Burma Government Medical School reports 1907-22
Year: 1907
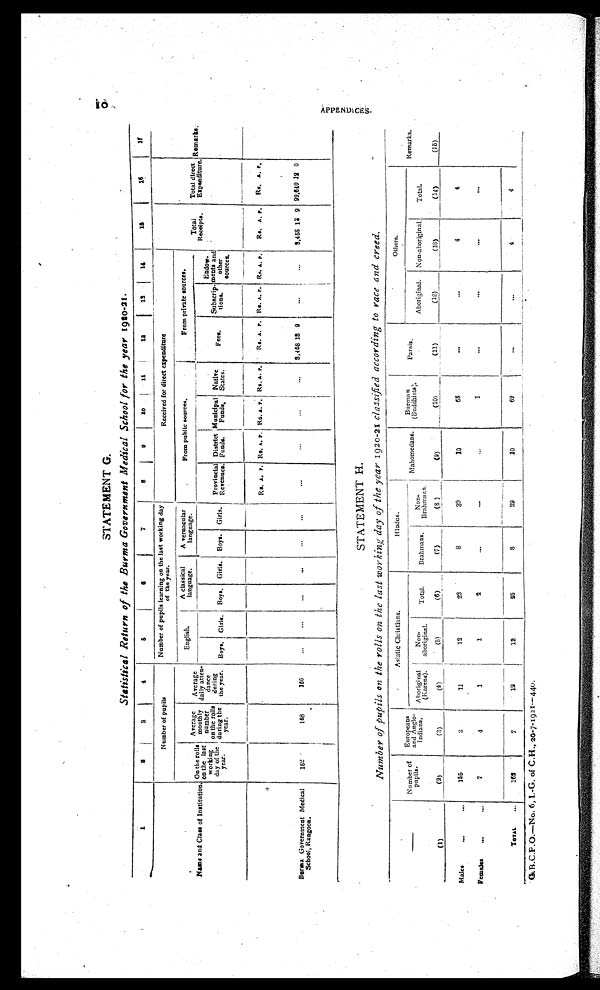
10 APPENDICES.
STATEMENT G.
Statistical Return of the Burma Government Medical School for the year 1920-21.
1
2
3
4
5
6
7
8
9
1 0
11
1 2
13
14
1 5
16
17
Name and Class of Institution.
Number of pupils
Number of pupils learning on the last working day
of the year.
Received for direct expenditure
Total
Receipts .
Total direct
Expenditure.
Remarks.
On the rolls
o n t h e l a s t w o r k i n g
day of the
y e a r .
Average
monthly
number
on the rolls
during the
year.
Average
daily atten-
dance
d u r i n g
the year.
English.
A classical
language.
A vernacular
language.
From public sources.
From private sources.
Boys. Girls.
Boys. Girls. Boys. Girls.
Provincial
Revenues.
District
Funds.
Municipal
Funds.
Native
States.
Fees.
Subscrip-
tions.
Endow-
ments and
other
Sources.
Rs. A. P. Rs. A. P. Rs. A. P. Rs. A. P.
Rs. A. P. Rs. A. P. Rs. A. P.
Rs. A. P.
Rs. A. P.
Burma Government Medical
School, Rangoon.
162
168
166
...
...
. . .
...
. . .
...
...
...
...
...
3,458 18 9
...
. . .
3,458 12 9 99,640 12 0
STATEMENT H.
Number of pupils on the rolls on the last working day of the year 1920-21 classified according to race and creed
.
Number of
pupils.
Europeans
and Anglo-
Indians,
Asiatic Christians.
Hindus.
Mahomedans.
Burman
(Buddhists)
Parsis.
Others.
Remarks.
Aboriginal
(Karens).
Non-
aboriginal.
Total.
Brahmans.
N o n -
Brahma ns.
Aboriginal.
Non-aboriginal.
Total.
(1)
(2)
(3)
(4)
(5)
(6)
(7)
(8)
(9)
(10)
(11)
(12)
(13)
(14)
(15)
Males ...
...
1 5 5
3
1 1 12
23
8
39
10
68
...
...
4
4
Females
...
...
7
4
1
1
2
...
. . .
. . .
1
. . .
. . .
. . .
. . .
TOTAL
...
162
7
12
13
25
8
39
10
69
...
...
4
4
G.B.C.P.O.—No. 6, I.-G. of C.H., 20-7-1921—440.